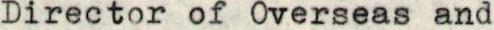
Director of Overseas and